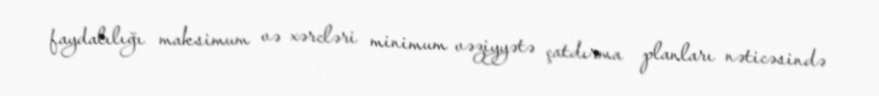
faydalılığı maksimum və xərcləri minimum vəziyyətə çatdırma planları nəticəsində